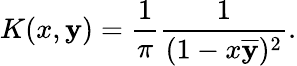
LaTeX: K(x,\mathbf{y})={\frac{{1}}{{\pi}}}{\frac{{1}}{{(1-x{\overline{{{\mathbf{y}}}}})^{2}}}}.